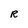
Character: R